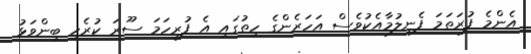
އެންމެ ފުރަތަމަ ފެނިލުމާއެކުވެސް އަހަރެންގެ ހިތުގައި އެ ފުރިހަމަ ސޫރަ ކުރެހި ބިންވަޅު